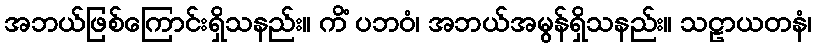
အဘယ်ဖြစ်ကြောင်းရှိသနည်း။ ကိံ ပဘဝံ၊ အဘယ်အမွန်ရှိသနည်း။ သဠာယတနံ၊